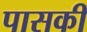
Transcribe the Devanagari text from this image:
पासकी